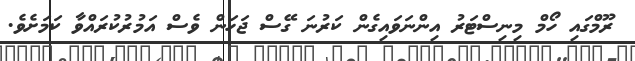
ރޫމްގައި ހޯމް މިނިސްޓަރު އިންނަވައިގެން ކަރުނަ ގޭސް ޖަހަން ވެސް އަމުރުކުރައްވާ ކަމަށެވެ.